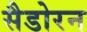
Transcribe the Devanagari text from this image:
सैडोरन